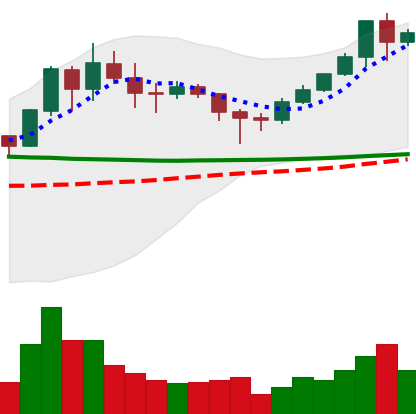
Ticker: XMR-USD
Chart end date: 2020-02-01
Forward return: 6.476%
Label: up_5_7